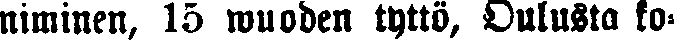
niminen, 15 wuoden tyttö, Oulusta ko-